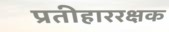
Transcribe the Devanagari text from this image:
प्रतीहाररक्षक